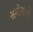
સમોસાનો